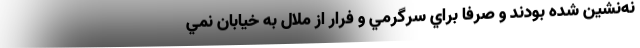
نه‌نشين شده بودند و صرفا براي سرگرمي و فرار از ملال به خيابان نمي